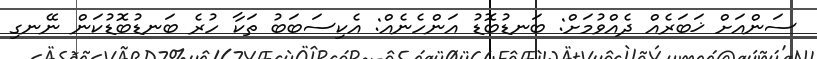
ސަންއަށް ޚަބަރެއް ދެއްވުމަށް: ބަނޑުބޮޑު އަންހެނެއް: އެކިސަބަބު ތަކާ ހުރެ ބަނޑުބޮޑުކަން ނޭނގި